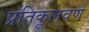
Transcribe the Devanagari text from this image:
प्रतिकूलवर्ण